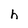
Character: h